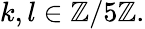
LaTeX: k,l\in\mathbb{Z}/5\mathbb{Z}.